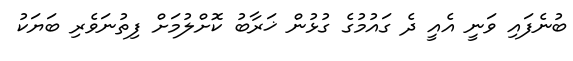
ބުނެފައި ވަނީ އެއީ ދެ ގައުމުގެ ގުޅުން ޚަރާބު ކޮށްލުމަށް ފިތުނަވެރި ބަޔަކު